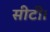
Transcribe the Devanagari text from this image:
सीटी।